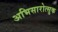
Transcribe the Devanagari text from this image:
अभिसारोत्सुक